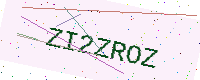
Text: ZI2ZROZ